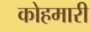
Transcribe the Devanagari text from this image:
कोहमारी